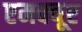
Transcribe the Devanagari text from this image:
एमक्यूए